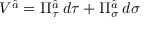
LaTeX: V ^ { \widehat { a } } = \Pi _ { \tau } ^ { \widehat { a } } \: d \tau + \Pi _ { \sigma } ^ { \widehat { a } } \: d \sigma